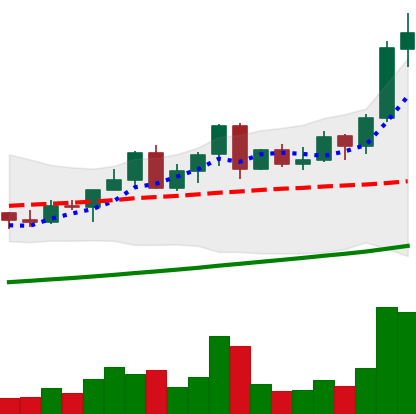
Ticker: LINK-USD
Chart end date: 2021-04-15
Forward return: -8.894%
Label: down_7plus